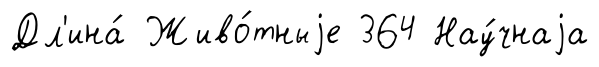
Дл'ина́ Живо́тныjе 364 Нау́чнаjа